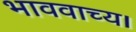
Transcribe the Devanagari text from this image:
भाववाच्य।